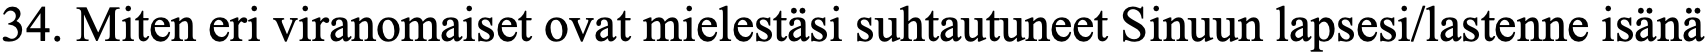
34. Miten eri viranomaiset ovat mielestäsi suhtautuneet Sinuun lapsesi/lastenne isänä